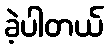
ခဲ့ပါတယ်